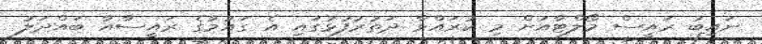
ނައިބު ރައީސް މޯލްޓާއަށް މި ކުރައްވާ ދަތުރުފުޅުގައި އެ ގައުމުގެ ރައީސާއާ ބައްދަލު